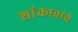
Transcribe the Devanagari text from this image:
शांकावांचे